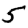
Digit: 5